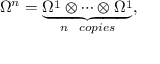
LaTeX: \Omega ^ { n } = \underbrace { \Omega ^ { 1 } \otimes \cdots \otimes \Omega ^ { 1 } } _ { n \ \ c o p i e s } ,